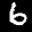
Label: 6